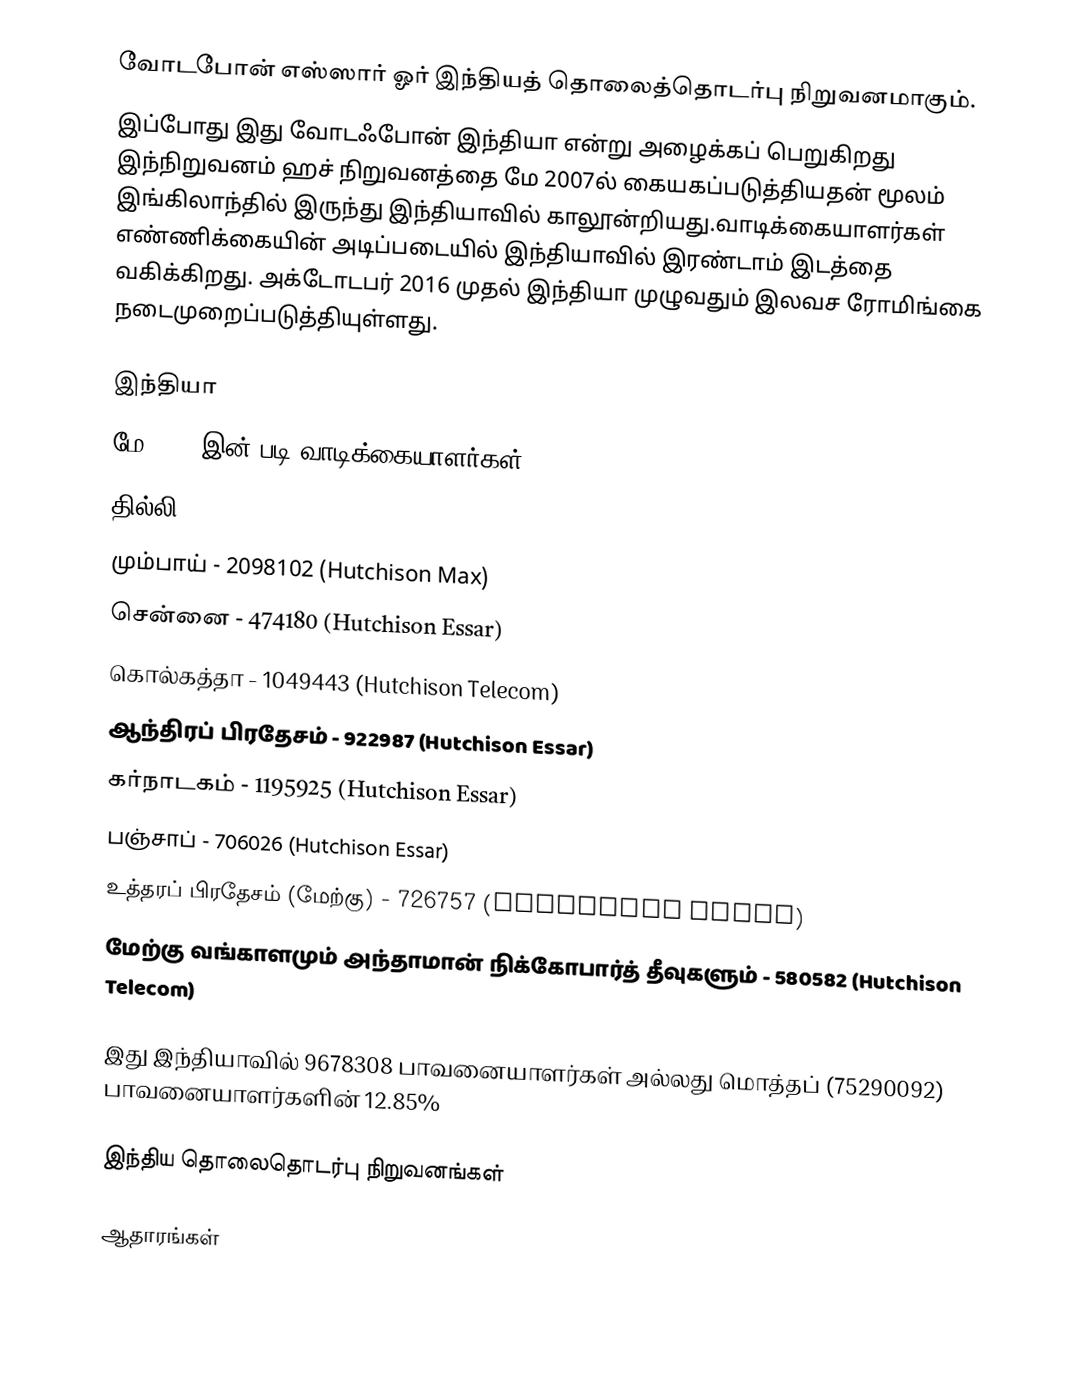
வோடபோன் எஸ்ஸார் ஓர் இந்தியத் தொலைத்தொடர்பு நிறுவனமாகும்.
இப்போது இது வோடஃபோன் இந்தியா என்று அழைக்கப் பெறுகிறது இந்நிறுவனம் ஹச்  நிறுவனத்தை மே 2007ல் கையகப்படுத்தியதன் மூலம் இங்கிலாந்தில் இருந்து இந்தியாவில் காலூன்றியது.வாடிக்கையாளர்கள் எண்ணிக்கையின் அடிப்படையில் இந்தியாவில் இரண்டாம் இடத்தை வகிக்கிறது. அக்டோடபர் 2016 முதல் இந்தியா முழுவதும் இலவச ரோமிங்கை      நடைமுறைப்படுத்தியுள்ளது.

இந்தியா
மே 2006 இன் படி வாடிக்கையாளர்கள்
தில்லி 1924306 (Hutchison Essar)
 மும்பாய் - 2098102 (Hutchison Max)
 சென்னை - 474180 (Hutchison Essar)
 கொல்கத்தா - 1049443 (Hutchison Telecom)
 ஆந்திரப் பிரதேசம் - 922987 (Hutchison Essar)
 கர்நாடகம் - 1195925 (Hutchison Essar)
 பஞ்சாப் - 706026 (Hutchison Essar)
 உத்தரப் பிரதேசம் (மேற்கு) - 726757 (Hutchison Essar)
 மேற்கு வங்காளமும் அந்தாமான் நிக்கோபார்த் தீவுகளும் - 580582 (Hutchison Telecom)

இது இந்தியாவில் 9678308 பாவனையாளர்கள் அல்லது மொத்தப் (75290092) பாவனையாளர்களின் 12.85%

இந்திய தொலைதொடர்பு நிறுவனங்கள்

ஆதாரங்கள்